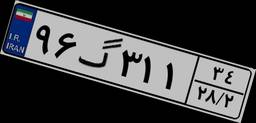
۹۶گ۳۱۱۳۴